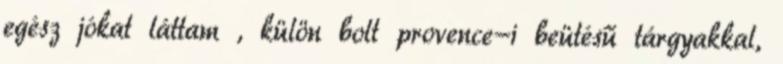
egész jókat láttam , külön bolt provence-i beütésű tárgyakkal,